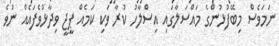
ނަމަވެސް މިބޭފުޅުންގެ މައްސަލާގައި އިސްލާހު ކުރާ ވަކި ކަމެއް ޕީޖީ ވިދާޅުވެފައެއް ނުވެ